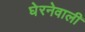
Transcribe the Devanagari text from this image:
घेरनेवाली